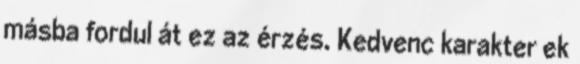
másba fordul át ez az érzés. Kedvenc karakter ek